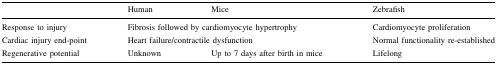
|  | Human | Mice | Zebrafish |
 | --- | --- | --- | --- |
 | Response to injury | <COLSPAN=2> Fibrosis followed by cardiomyocyte hypertrophy | Cardiomyocyte proliferation |
 | Cardiac injury end-point | <COLSPAN=2> Heart failure/contractile dysfunction | Normal functionality re-established |
 | Regenerative potential | Unknown | Up to 7 days after birth in mice | Lifelong |